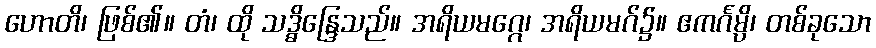
ဟောတိ၊ ဖြစ်၏။ တံ၊ ထို သဒ္ဓိန္ဒြေသည်။ အရိယမဂ္ဂေ၊ အရိယမဂ်၌။ ဧကင်္ဂမ္ပိ၊ တစ်ခုသော